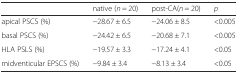
<table><thead><tr><td></td><td><b>native (<i>n</i> = 20)</b></td><td><b>post-CA(<i>n</i> = 20)</b></td><td><b><i>p</i></b></td></tr></thead><tbody><tr><td>apical PSCS (%)</td><td>−28.67 ± 6.5</td><td>−24.06 ± 8.5</td><td>&lt;0.005</td></tr><tr><td>basal PSCS (%)</td><td>−24.42 ± 6.5</td><td>−20.68 ± 7.1</td><td>&lt;0.005</td></tr><tr><td>HLA PSLS (%)</td><td>−19.57 ± 3.3</td><td>−17.24 ± 4.1</td><td>&lt;0.05</td></tr><tr><td>midventicular EPSCS (%)</td><td>−9.84 ± 3.4</td><td>−8.13 ± 3.4</td><td>&lt;0.05</td></tr></tbody></table>